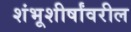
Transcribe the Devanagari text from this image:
शंभूशीर्षांवरील